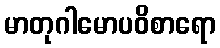
မာတုဂါမောပဝိစာရော